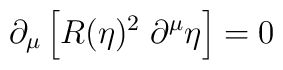
\partial_{\mu}\left[R(\eta)^2\;\partial^{\mu} \eta \right]=0